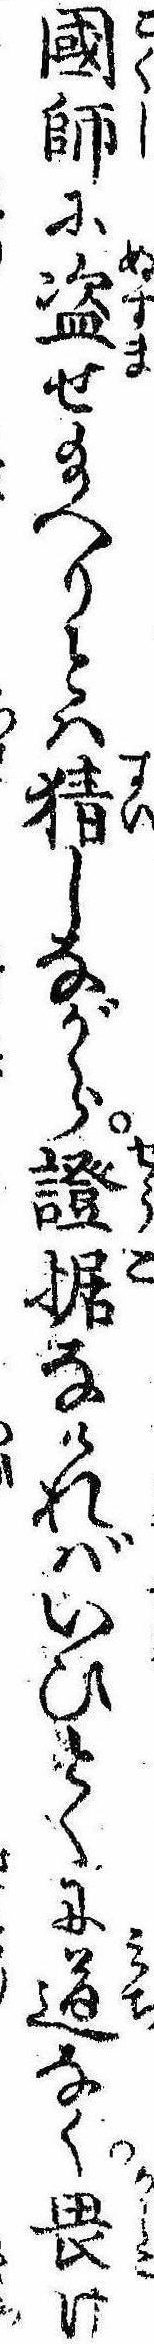
国師に盗せ給へりとは猜しながら証据なければいひとくに道なく畏け